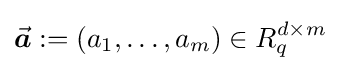
{\vec {\boldsymbol {a}}}:=(a_{1},\ldots ,a_{m})\in R_{q}^{d\times m}